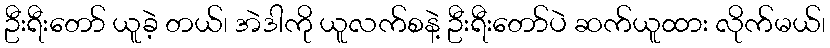
ဦးရီးတော် ယူခဲ့ တယ်၊ အဲဒါကို ယူလက်စနဲ့ ဦးရီးတော်ပဲ ဆက်ယူထား လိုက်မယ်၊